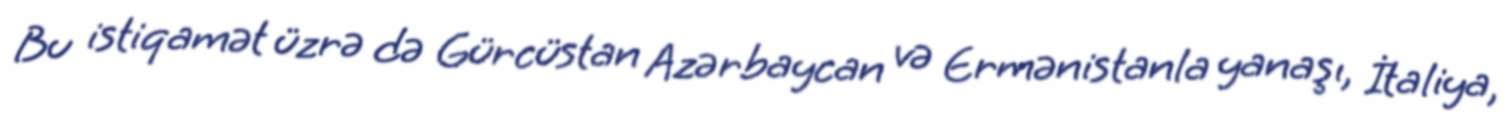
Bu istiqamət üzrə də Gürcüstan Azərbaycan və Ermənistanla yanaşı, İtaliya,